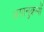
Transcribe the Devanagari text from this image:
अग्रानुक्रमों